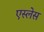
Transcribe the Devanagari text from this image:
एस्लेस